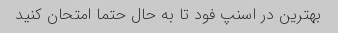
بهترین در اسنپ فود تا به حال حتما امتحان کنید